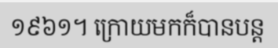
១៩៦១។ ក្រោយមកក៏បានបន្ត